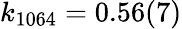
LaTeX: k_{1064}=0.56(7)